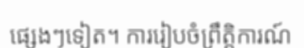
ផ្សេងៗទៀត។ ការរៀបចំព្រឹត្តិការណ៍